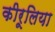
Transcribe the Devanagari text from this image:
कीरूलिया